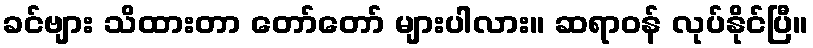
ခင်ဗျား သိထားတာ တော်တော် များပါလား။ ဆရာဝန် လုပ်နိုင်ပြီ။